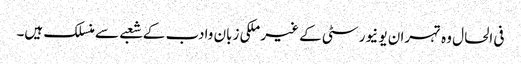
فی الحال وہ تہران یو نیورسٹی کے غیر ملکی زبان وادب کے شعبے سے منسلک ہیں۔